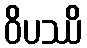
ဝိပဿိ